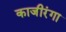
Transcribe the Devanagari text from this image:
काजीरंगा